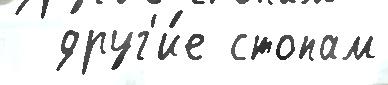
  друг'и́е стопам